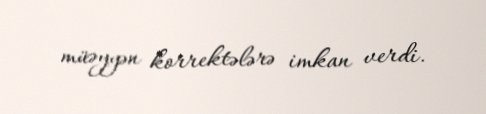
müəyyən korrektələrə imkan verdi.